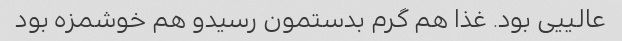
عالییی بود. غذا هم گرم بدستمون رسیدو هم خوشمزه بود